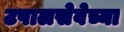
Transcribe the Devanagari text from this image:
टपालसेवेच्या